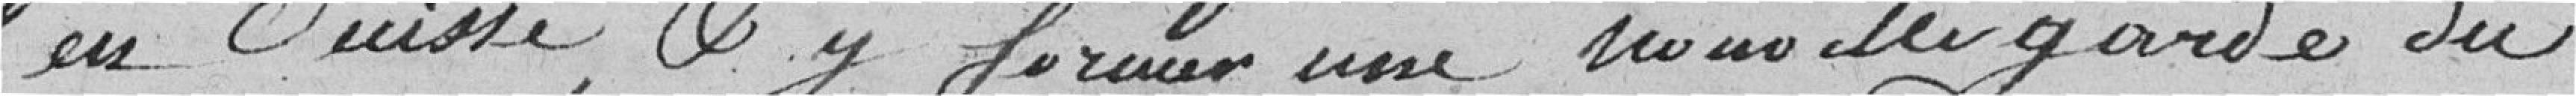
en Suisse, et y former une nouvelle garde du